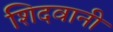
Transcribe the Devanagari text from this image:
शिदवानी